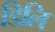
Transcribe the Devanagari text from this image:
डिलि